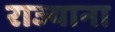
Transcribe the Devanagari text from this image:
राज्याना